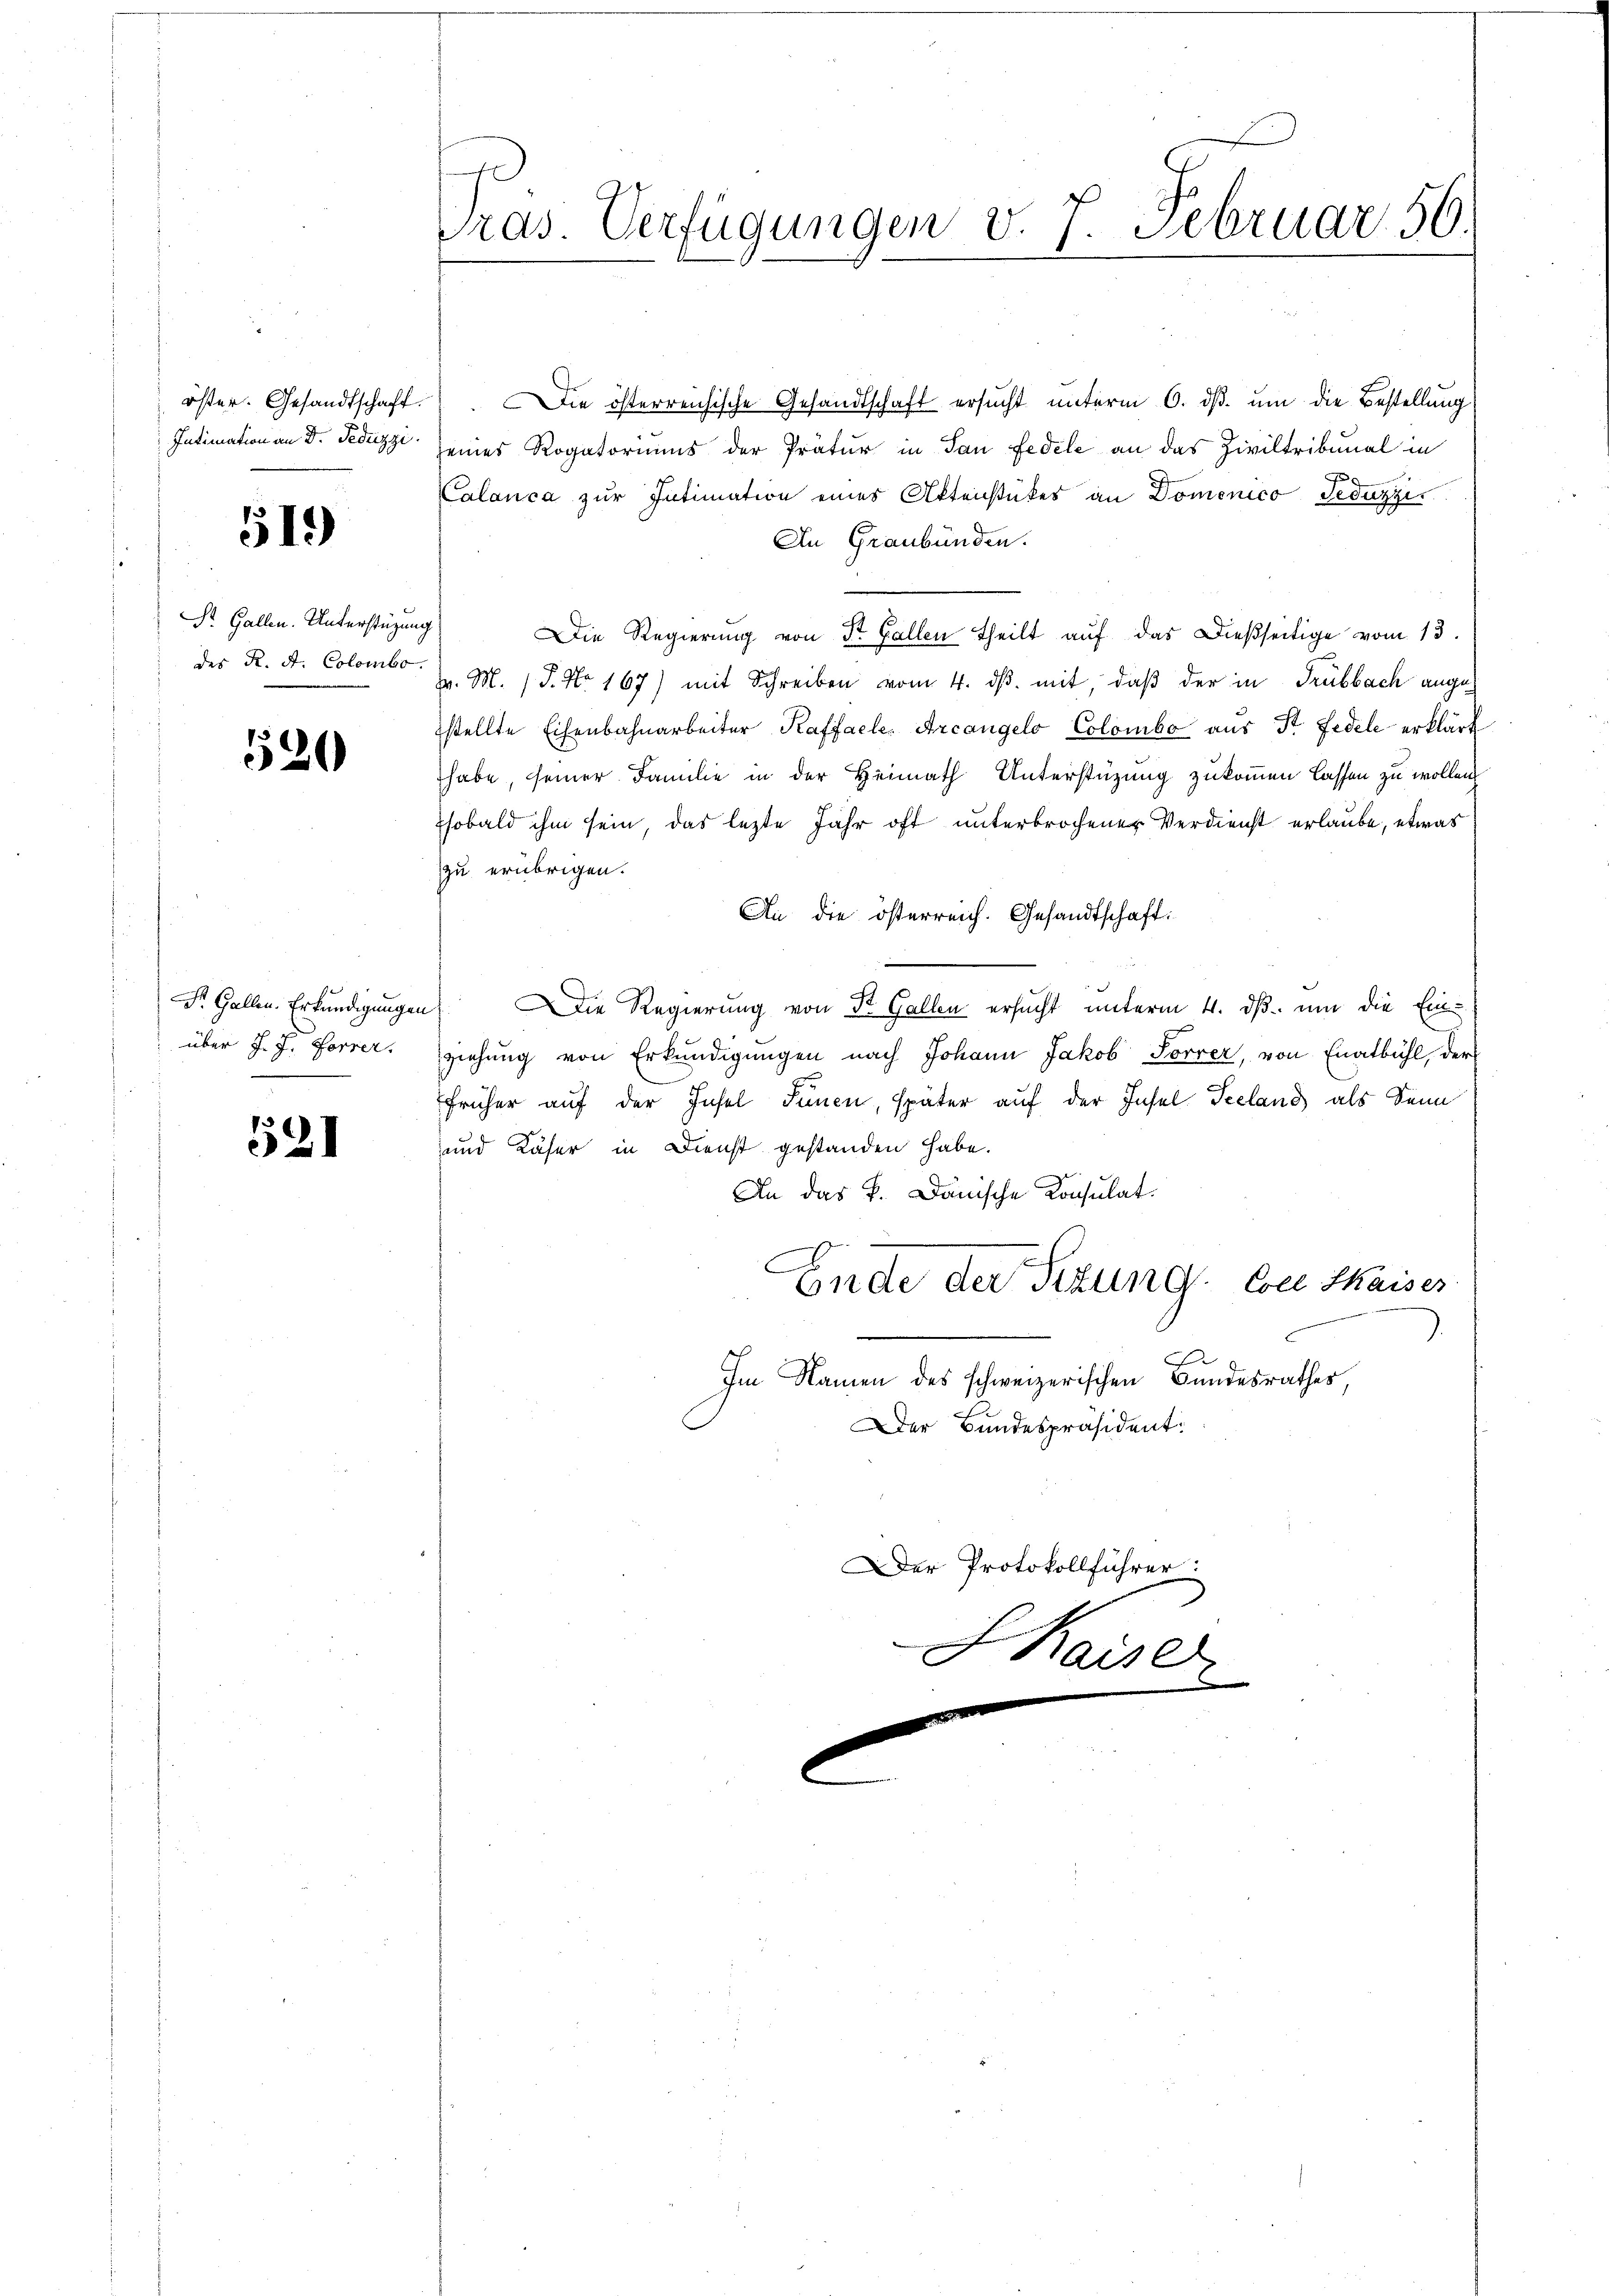
öster. Gesandtschaft.
Intimation an Dr. Fedezzi.

519)

St. Gallen. Unterstützung
des K. A. Colombo

520

Dr. Gallen. Erkundigungen
über J. J. Forrer.

521

Pras. Verfügungen v. 7. Februar 56

Der Protokollführer:
SKaise
.

Die österreichische Gesandtschaft ersucht unterm 6. ds. um die Bestellung
seines Rogatoriums der Prätur in San Fedele an das Ziviltribunal in
J
Calanca zur Intimation eines Aktenstückes an Domenico Jesuzzi
An Graubünden.
Die Regierung von Dr. Gallen theilt auf das Dießseitige vom 13.
pr. M. P. No 167) mit Schreiben vom 4. dβ. mit, daß der in Trübbach angestellte Eisenbahnarbeiter Kaffaele, Arcangelo Colombe aus St. Fidele erklärt
habe, seiner Familie in der Heimath Unterstüzung zukommen lassen zu wollen.
sobald ihm sein, das lezte Jahr oft unterbrochener Verdienst erlaube, etwas
zu erübrigen.
An die österreich. Gesandtschaft.
Die Regierung von St. Gallen ersucht unterm 4. ds. um die Einziehung von Erkundigungen nach Johann Jakob Forrer, von Enatbühl, der
früher auf der Insel Tinen, später auf der Insel Seelang als Senn
und Käser in Dienst gestanden habe.
An das P. Dänische Konsulat
C
Ende der Sitzung. Coll Skaises
Im Namen des schweizerischen Bundesrathes,
Der Bundespräsident: